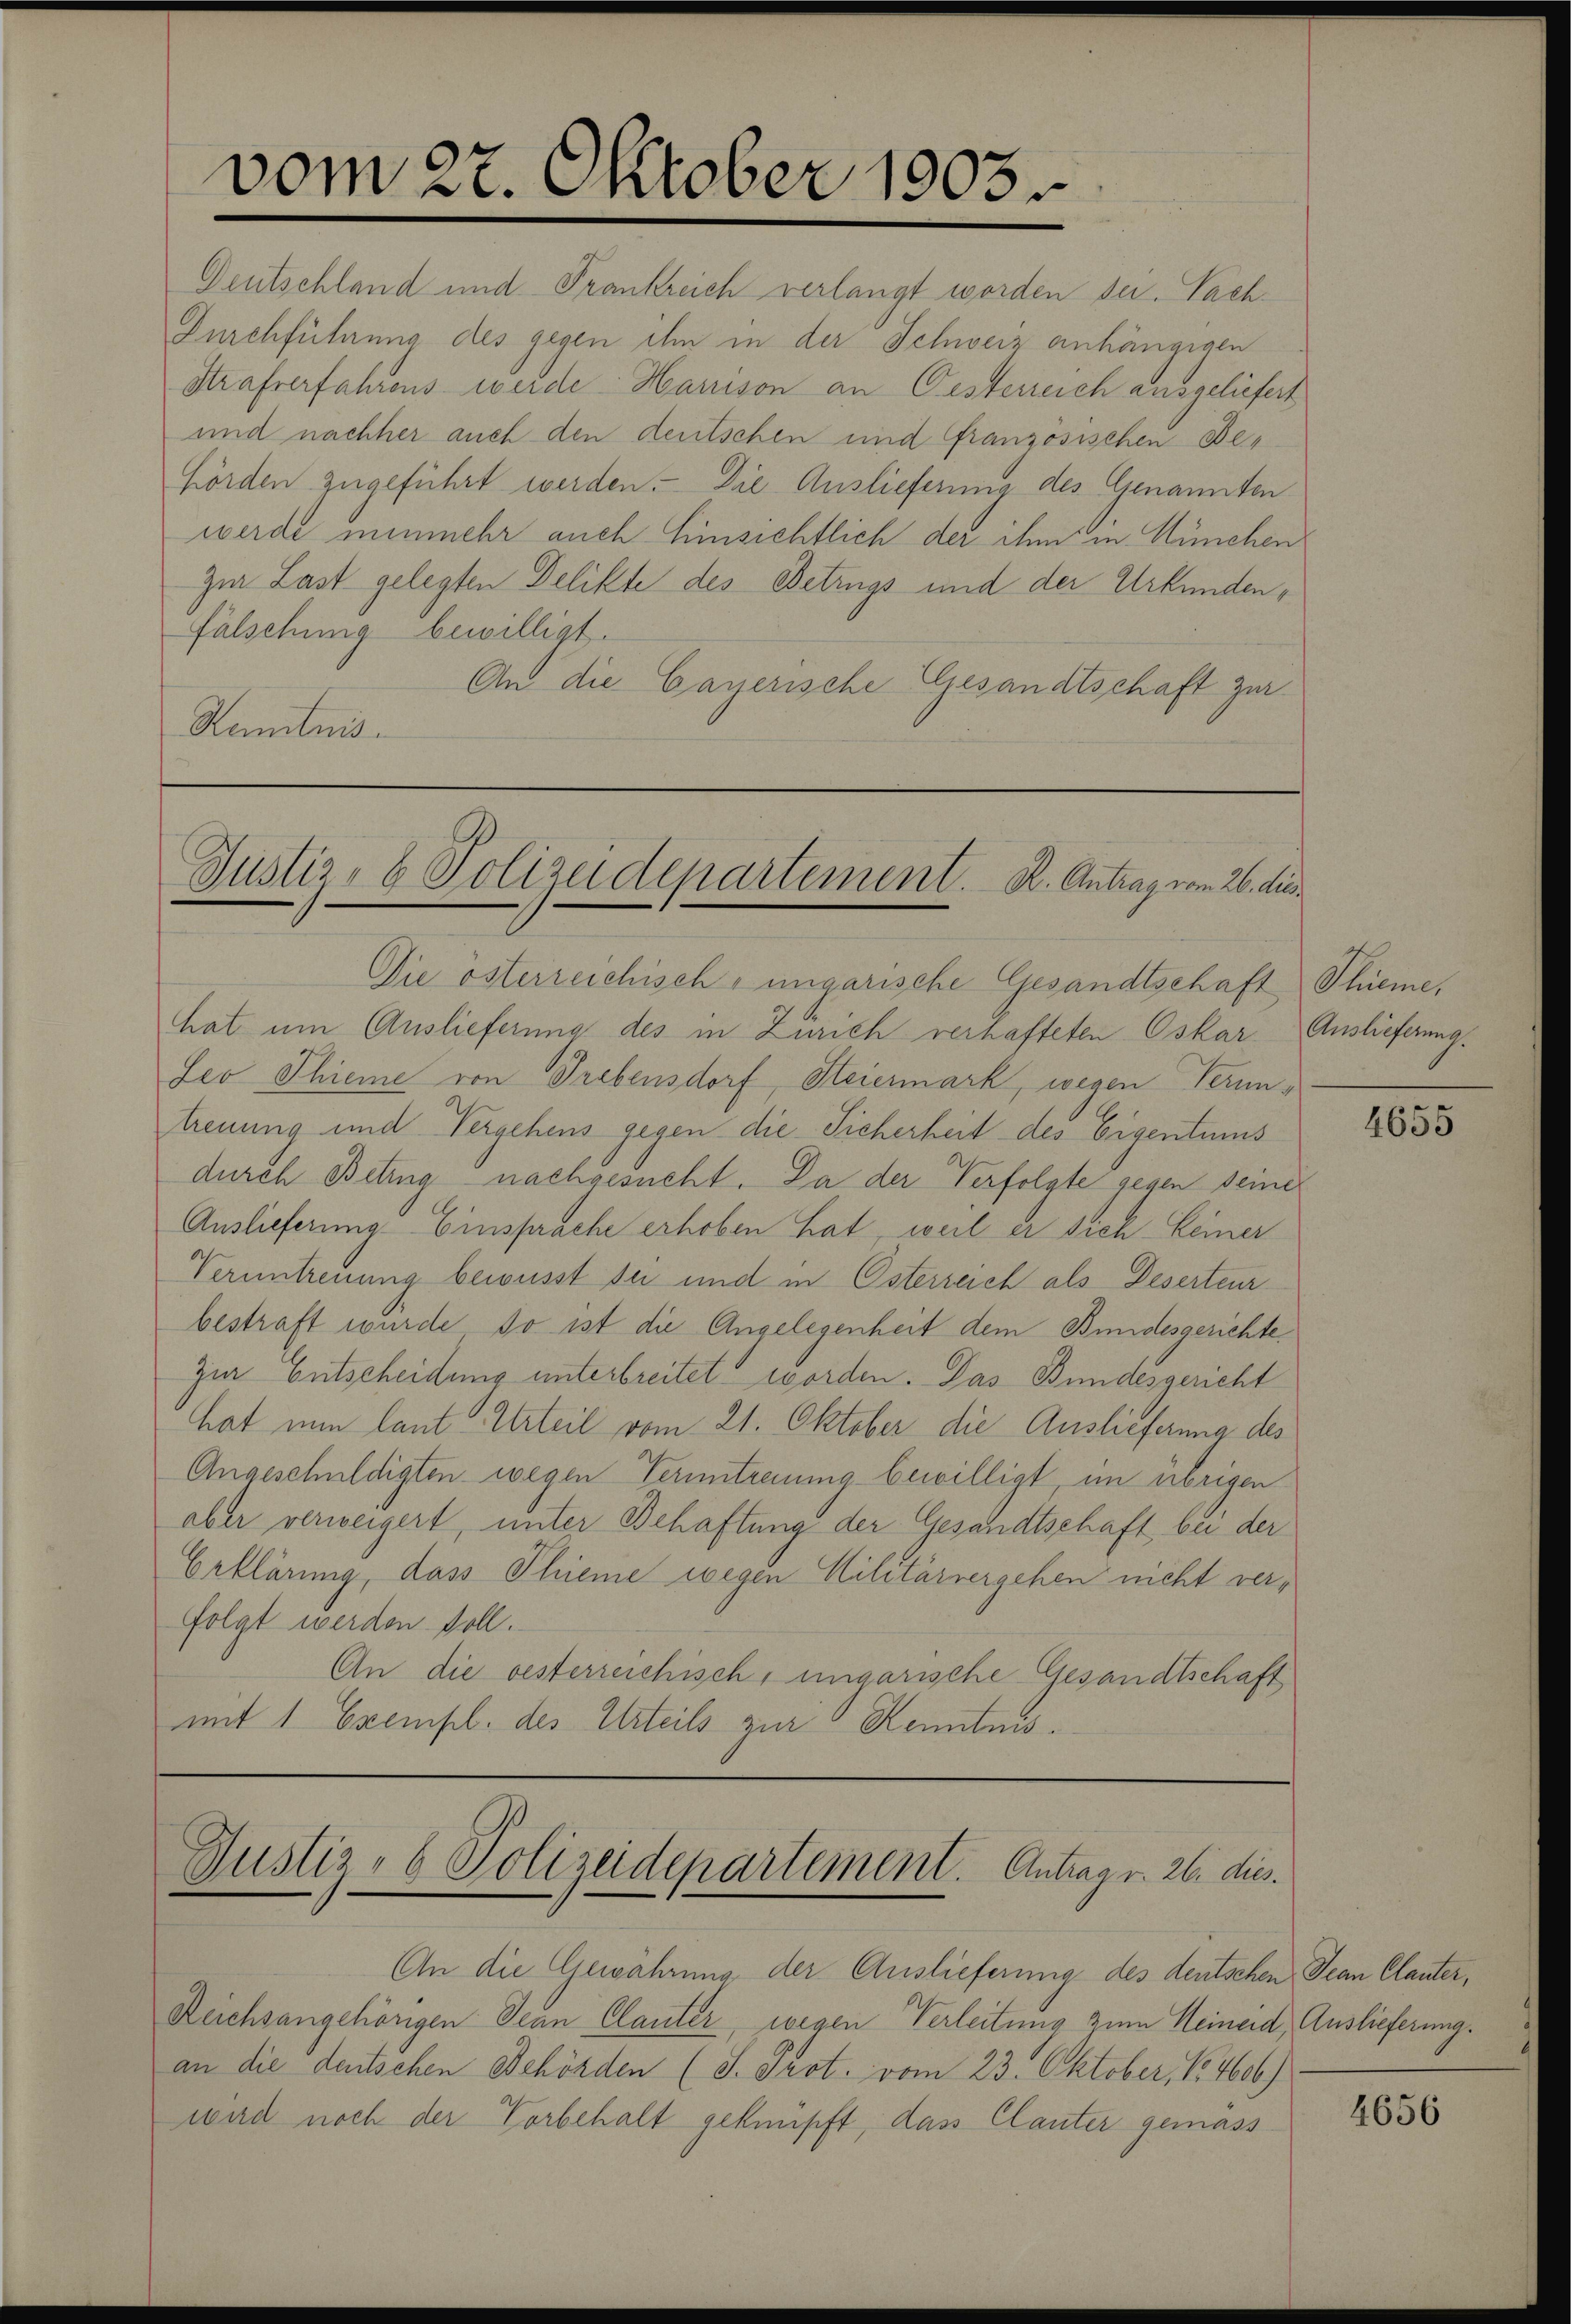
vom 27. Oktober 1903.

Deutschland und Frankreich verlangt worden sei. Nach¬
Durchführung des gegen ihn in der Schweiz anhängigen
Strafverfahrens werde Harison an Oesterreich ausgeliefert
und nachher auch den deutschen und französischen Behörden zugeführt werden. Die Auslieferung des Genannten
werde nunmehr auch Einsichtlich der ihm in München
zur Last gelegten Delikte des Betrugs und der Urkundenfälschung bewilligt.
An die Cayerische Gesandtschaft zur
Kumtnis.

Justiz- & Polizeidepartement. R. Antrag vom 26. dies

Die österreichisch-ungarische Gesandtschaft
hat um Auslieferung des in Zürich verhafteten Oskar Auslieferung.
Leo Thiene von Grebensdorf, Steiermark, wegen Peruntreuung und Vergehens gegen die Sicherheit des Eigentums
durch Betrug nachgesucht. Da der Verfolgte gegen seiner
Auslieferung Einsprache erhoben hat, weil er sich keiner
Veruntreuung bewusst sie und in Österreich als Deserteur
bestraft wurde, so ist die Angelegenheit dem Bundesgerichte,
Zur Entscheidung unterbreitet worden. Das Bundesgericht
hat nun laut Urteil vom 21. Oktober die Auslieferung des
Angeschuldigten wegen Termitreuung bewilligt im übrigen
aber verweigert, unter Behaftung der Gesandtschaft bei der
Erklärung, dass Phieme wegen Militärvergehen nicht verfolgt werden soll.
An die oesterreichisch, ungarische Gesandtschaft
mit 1 Exempl. des Urteils zur Kenntnis.

Justiz- & Polizeidepartement. Antrag v. 26. dies

An die Gewahrung der Auslieferung des deutschen Jean Clauter,
Reichsangehörigen Jean Clauter, wegen Verleitung zum Heineid, Auslieferung.
an die deutschen Behörden (S. Prot. vom 23. Oktober, 14606)
wird noch der Vorbehalt geknüpft, dass Clauter gemäss

Sturmes

4655

4656